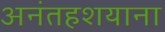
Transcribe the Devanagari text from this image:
अनंतहशयाना